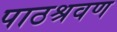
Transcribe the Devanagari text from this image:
पाठश्रवण